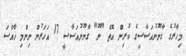
މިހާރުގެ ގާނޫނުއަސާސީގެ ކުރިން އޮތް "ނޫ" ގާނޫނުއަސާސީ 17 އަހަރުން ނިންމި ޚާއްސަ